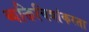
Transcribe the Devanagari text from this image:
व्यक्तिचित्रांकरता